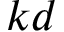
k d